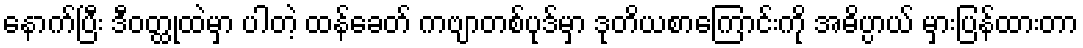
နောက်ပြီး ဒီဝတ္ထုထဲမှာ ပါတဲ့ ထန်ခေတ် ကဗျာတစ်ပုဒ်မှာ ဒုတိယစာကြောင်းကို အဓိပ္ပာယ် မှားပြန်ထားတာ